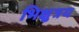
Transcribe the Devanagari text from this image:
भिक्षुत्रय